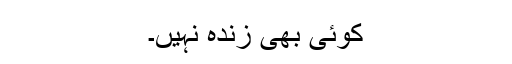
کوئی بھی زندہ نہیں۔